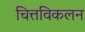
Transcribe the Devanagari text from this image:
चित्तविकलन